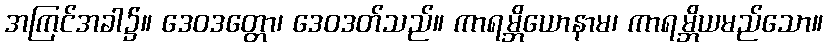
အကြင်အခါ၌။ ဒေဝဒတ္တော၊ ဒေဝဒတ်သည်။ ကာရမ္ဘိယောနာမ၊ ကာရမ္ဘိယမည်သော။